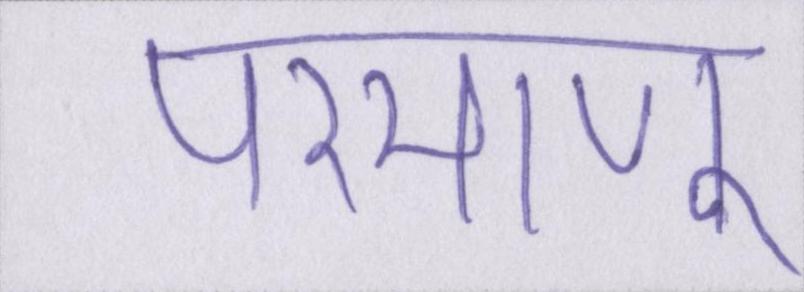
परमाणु